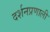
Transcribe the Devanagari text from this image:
दर्शनप्रणाली